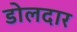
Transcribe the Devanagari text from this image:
डोलदार